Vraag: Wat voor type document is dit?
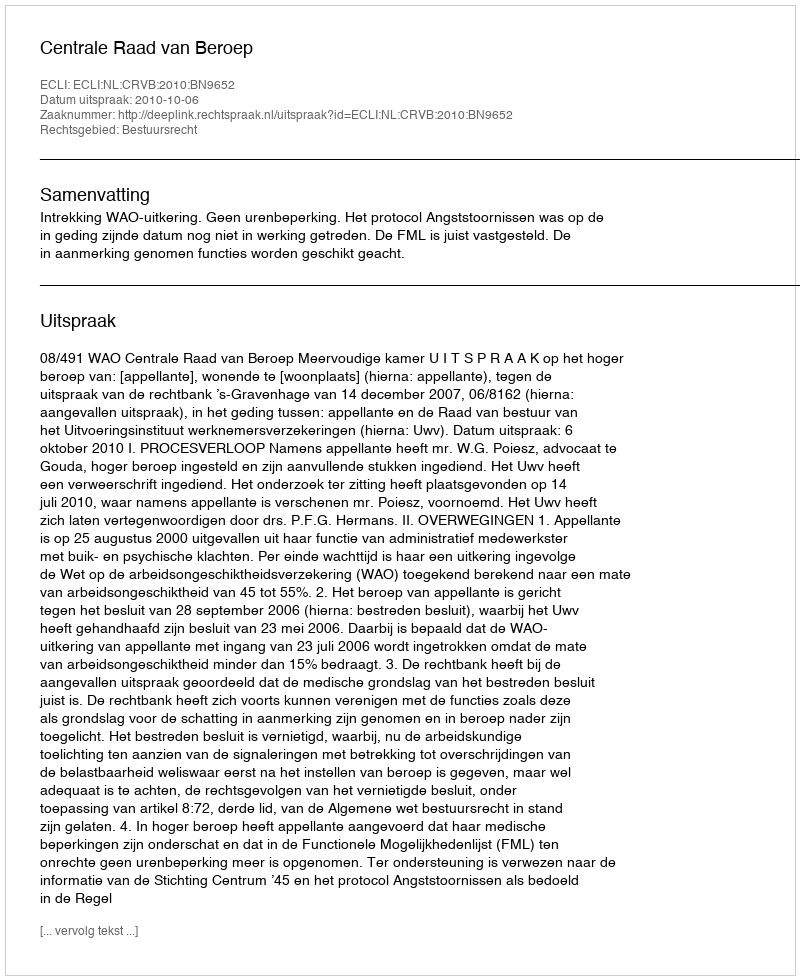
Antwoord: Uitspraak